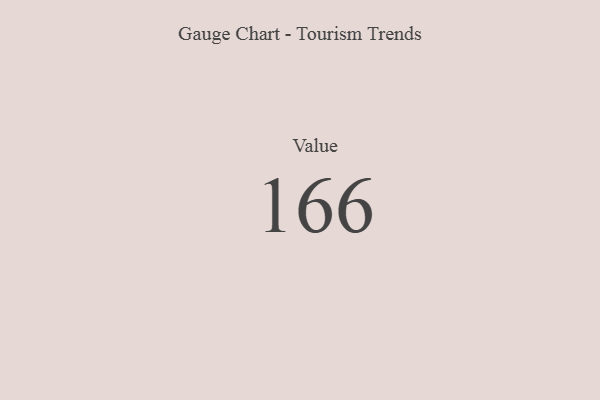
{"axis": {"x": "Metric", "y": "Value"}, "legend": [""], "data": [{"x": "Value", "y": 166, "type": ""}]}